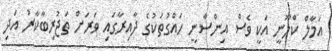
އަމާލް ކްލޫނީ އަކީ ވެސް އިންސާނީ ހައްގުތަކުގެ ދާއިރާގައި ވަރަށް ތަޖުރިބާކާރު އަދި